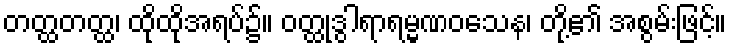
တတ္ထတတ္ထ၊ ထိုထိုအရပ်၌။ ဝတ္ထုဒွါရာရမ္မဏဝသေန၊ တို့၏ အစွမ်းဖြင့်။